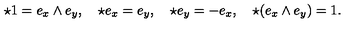
\star 1 = e _ { x } \wedge e _ { y } , \quad \star e _ { x } = e _ { y } , \quad \star e _ { y } = - e _ { x } , \quad \star ( e _ { x } \wedge e _ { y } ) = 1 .